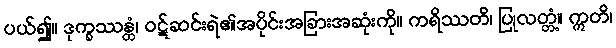
ပယ်၍။ ဒုက္ခဿန္တံ၊ ဝဋ်ဆင်းရဲ၏အပိုင်းအခြားအဆုံးကို။ ကရိဿတိ၊ ပြုလတ္တံ့။ ဣတိ၊